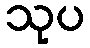
သုပ